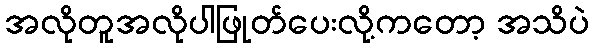
အလိုတူအလိုပါဖြုတ်ပေးလို့ကတော့ အသိပဲ